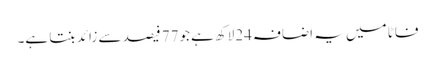
فاٹا میں یہ اضافہ24لاکھ ہے جو77 فیصد سے زائد بنتا ہے۔